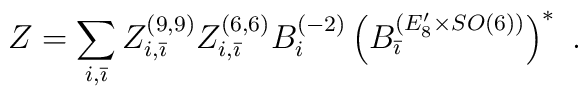
Z = \sum_{i,\bar \imath} Z_{i,\bar \imath}^{(9,9)}Z_{i,\bar \imath}^{(6,6)}B_i^{(-2)}\left (B_{\bar \imath}^{(E_8^{\prime}\times SO(6))}\right )^*\,\, .